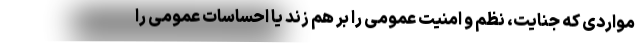
مواردی که جنایت، نظم و امنیت عمومی را بر هم زند یا احساسات عمومی را